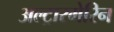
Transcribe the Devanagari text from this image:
अल्ट्रारमेरिन